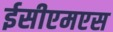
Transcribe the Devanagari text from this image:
ईसीएमएस